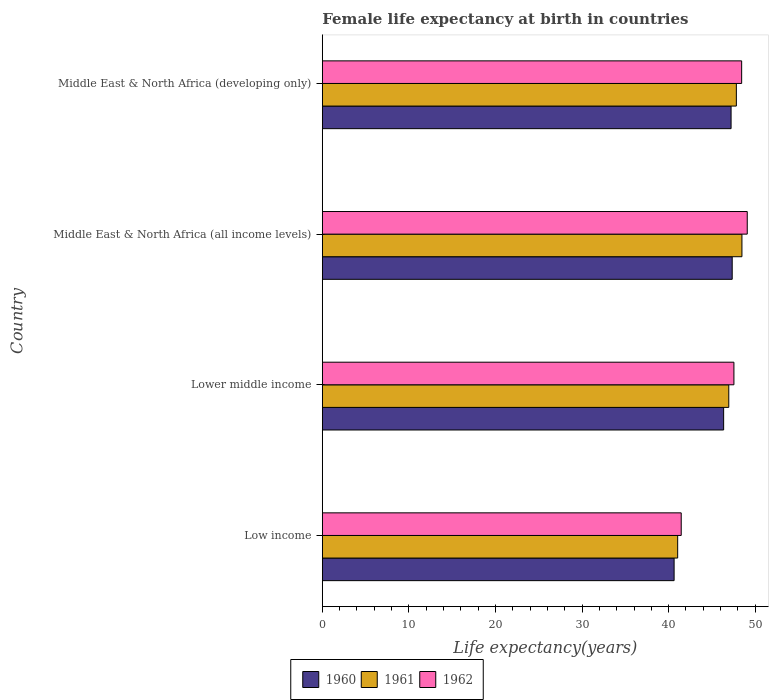
| Country | 1960 | 1961 | 1962 |
 | --- | --- | --- | --- |
 | Low income | 40.6 | 41 | 41.5 |
 | Lower middle income | 46.4 | 46.9 | 47.5 |
 | Middle East & North Africa (all income levels) | 47.3 | 48.5 | 49.1 |
 | Middle East & North Africa (developing only) | 47.2 | 47.8 | 48.4 |